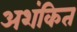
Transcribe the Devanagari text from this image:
अशंकित